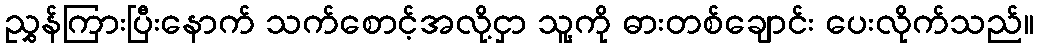
ညွှန်ကြားပြီးနောက် သက်စောင့်အလို့ငှာ သူ့ကို ဓားတစ်ချောင်း ပေးလိုက်သည်။